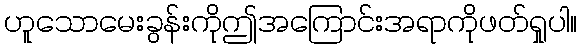
ဟူသောမေးခွန်းကိုဤအကြောင်းအရာကိုဖတ်ရှုပါ။